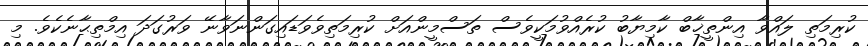
ކުރިމަތި ލައްވާ އިންތީޚާބް ކާމިޔާބު ކުރެއްވުމަކީވެސް ތަސްމީންއަށް ކުރިމަތިވެވަޑައިގަންނަވާނޭ ވަރުގަދަ އިމްތިޙާނެކެވެ. މި